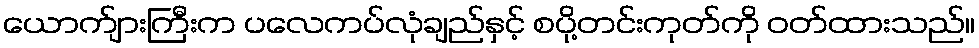
ယောက်ျားကြီးက ပလေကပ်လုံချည်နှင့် စပို့တင်းကုတ်ကို ဝတ်ထားသည်။